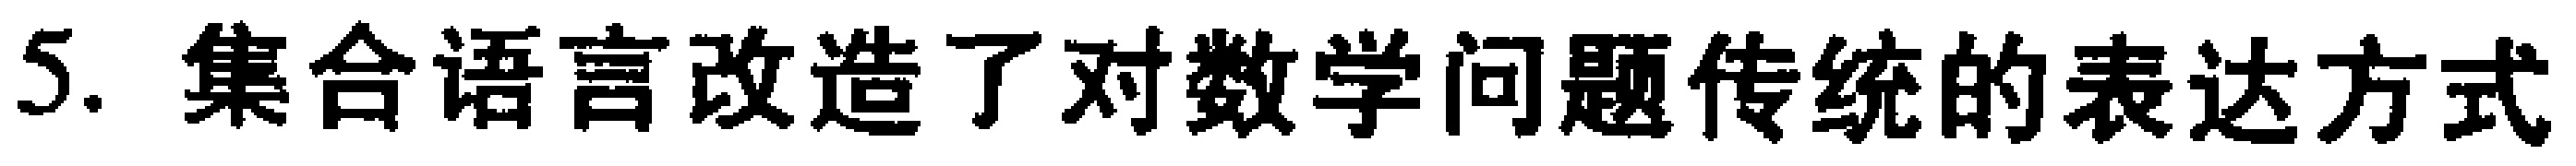
5. 集合语言改造了对数学问题传统的表达方式